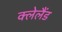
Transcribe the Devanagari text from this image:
क्लेलैंड